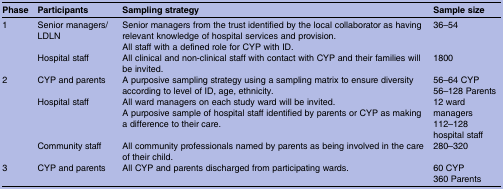
<table><thead><tr><td><b>Phase</b></td><td><b>Participants</b></td><td><b>Sampling strategy</b></td><td><b>Sample size</b></td></tr></thead><tbody><tr><td rowspan="2">1</td><td>Senior managers/LDLN</td><td>Senior managers from the trust identified by the local collaborator as having relevant knowledge of hospital services and provision.All staff with a defined role for CYP with ID.</td><td>36–54</td></tr><tr><td>Hospital staff</td><td>All clinical and non-clinical staff with contact with CYP and their families will be invited.</td><td>1800</td></tr><tr><td rowspan="3">2</td><td>CYP and parents</td><td>A purposive sampling strategy using a sampling matrix to ensure diversity according to level of ID, age, ethnicity.</td><td>56–64 CYP56–128 Parents</td></tr><tr><td>Hospital staff</td><td>All ward managers on each study ward will be invited.A purposive sample of hospital staff identified by parents or CYP as making a difference to their care.</td><td>12 ward managers112–128 hospital staff</td></tr><tr><td>Community staff</td><td>All community professionals named by parents as being involved in the care of their child.</td><td>280–320</td></tr><tr><td>3</td><td>CYP and parents</td><td>All CYP and parents discharged from participating wards.</td><td>60 CYP360 Parents</td></tr></tbody></table>